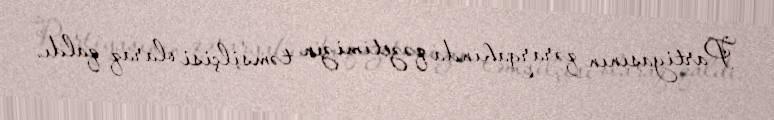
Partiyasının qərargahında qəzetimizin təmsilçisi olaraq qaldı.